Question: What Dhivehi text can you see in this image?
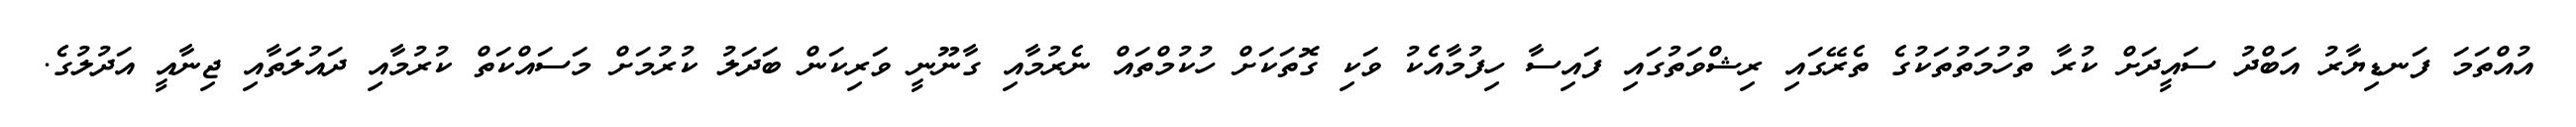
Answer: އުއްތަމަ ފަނޑިޔާރު އަބްދު ސައީދަށް ކުރާ ތުހުމަތުތަކުގެ ތެރޭގައި ރިޝްވަތުގައި ފައިސާ ހިފުމާއެކު ވަކި ގޮތަކަށް ހުކުމްތައް ނެރުމާއި ގާނޫނީ ވަރިކަން ބަދަލު ކުރުމަށް މަސައްކަތް ކުރުމާއި ދައުލަތާއި ޖިނާއީ އަދުލުގެ.